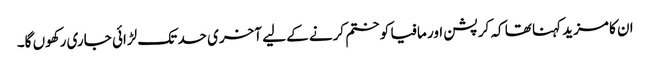
ان کا مزید کہنا تھا کہ کرپشن اور مافیا کو ختم کرنے کے لیے آخری حد تک لڑائی جاری رکھوں گا۔